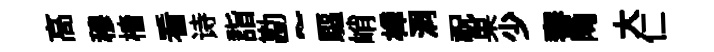
高穆檣看诗詣勘~驅峭樟洞祝果少審陶大仁